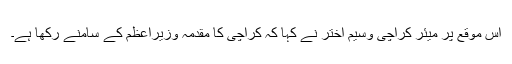
اس موقع پر میئر کراچی وسیم اختر نے کہا کہ کراچی کا مقدمہ وزیراعظم کے سامنے رکھا ہے۔